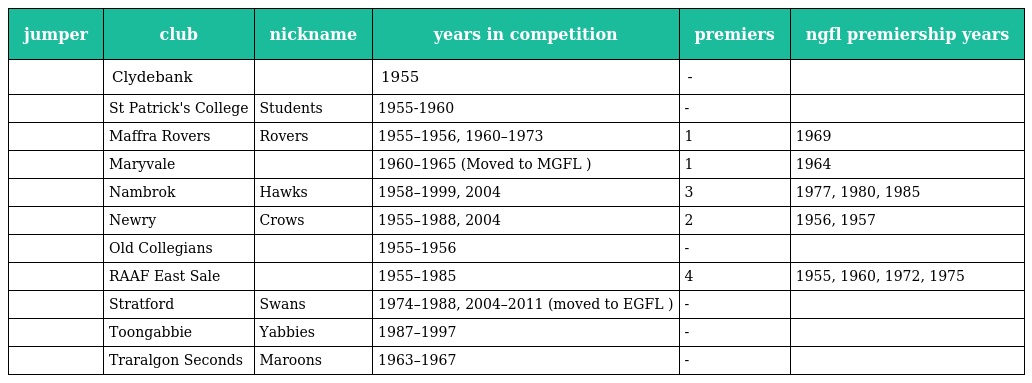
| jumper | club | nickname | years in competition | premiers | ngfl premiership years |
 | --- | --- | --- | --- | --- | --- |
 |  | Clydebank |  | 1955 | - |  |
 |  | St Patrick's College | Students | 1955-1960 | - |  |
 |  | Maffra Rovers | Rovers | 1955–1956, 1960–1973 | 1 | 1969 |
 |  | Maryvale |  | 1960–1965 (Moved to MGFL ) | 1 | 1964 |
 |  | Nambrok | Hawks | 1958–1999, 2004 | 3 | 1977, 1980, 1985 |
 |  | Newry | Crows | 1955–1988, 2004 | 2 | 1956, 1957 |
 |  | Old Collegians |  | 1955–1956 | - |  |
 |  | RAAF East Sale |  | 1955–1985 | 4 | 1955, 1960, 1972, 1975 |
 |  | Stratford | Swans | 1974–1988, 2004–2011 (moved to EGFL ) | - |  |
 |  | Toongabbie | Yabbies | 1987–1997 | - |  |
 |  | Traralgon Seconds | Maroons | 1963–1967 | - |  |